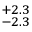
^ { + 2 . 3 } _ { - 2 . 3 }